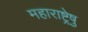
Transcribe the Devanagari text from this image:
महाराष्ट्रेषु